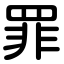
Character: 罪